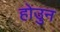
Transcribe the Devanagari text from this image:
होउुन